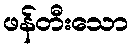
ဖန်တီးသော